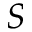
S